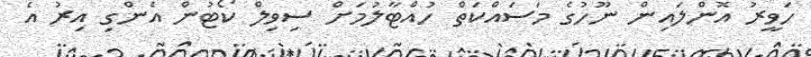
ހަވީރު އޮންލައިން ނޫހުގެ މަސައްކަތް ހުއްޓާލުމަށް ސިވިލް ކޯޓުން އެންގި އިރު އެ